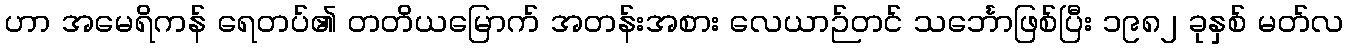
ဟာ အမေရိကန် ရေတပ်၏ တတိယမြောက် အတန်းအစား လေယာဉ်တင် သင်္ဘောဖြစ်ပြီး ၁၉၈၂ ခုနှစ် မတ်လ